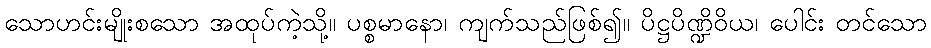
သောဟင်းမျိုးစသော အထုပ်ကဲ့သို့။ ပစ္စမာနော၊ ကျက်သည်ဖြစ်၍။ ပိဋ္ဌပိဏ္ဍိဝိယ၊ ပေါင်း တင်သော